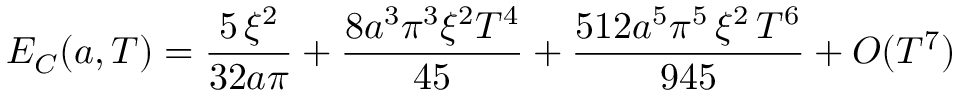
E _ { C } ( a , T ) = \frac { 5 \, \xi ^ { 2 } } { 3 2 a \pi } + \frac { 8 a ^ { 3 } \pi ^ { 3 } \xi ^ { 2 } { T ^ { 4 } } } { 4 5 } + \frac { 5 1 2 a ^ { 5 } \pi ^ { 5 } \, \xi ^ { 2 } \, { T ^ { 6 } } } { 9 4 5 } + { \cal O } ( T ^ { 7 } )